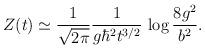
LaTeX: \begin{align*}Z(t) \simeq {1\over \sqrt{2 \pi}}{1\over g \hbar^2 t^{3/2}}\, \log{8 g^2 \over b^2}.\end{align*}